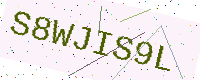
Text: S8WJIS9L